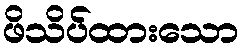
ဖိသိပ်ထားသော